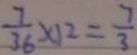
\frac { 7 } { 3 6 } \times 1 2 = \frac { 7 } { 3 }